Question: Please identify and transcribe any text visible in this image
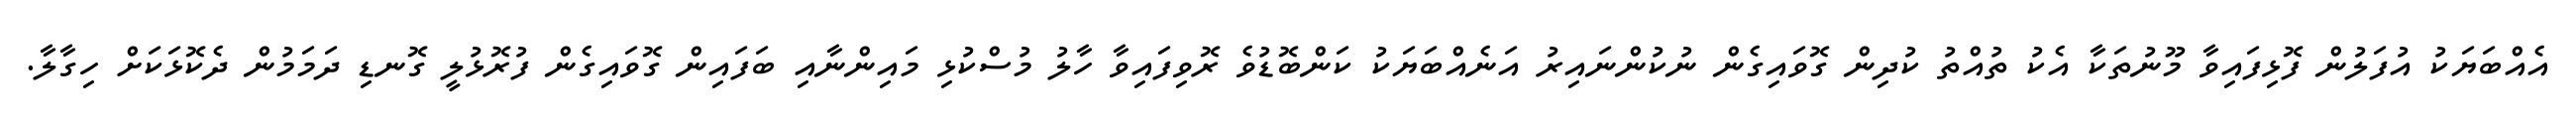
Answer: އެއްބަޔަކު އުފަލުން ފޮޅިފައިވާ މޫނުތަކާ އެކު ތުއްތު ކުދިން ގޮވައިގެން ނުކުންނައިރު އަނެއްބަޔަކު ކަންބޮޑުވެ ރޮވިފައިވާ ހާލު މުސްކުޅި މައިންނާއި ބަފައިން ގޮވައިގެން ފުރޮޅުލީ ގޮނޑި ދަމަމުން ދެކޮޅަކަށް ހިގާލާ.